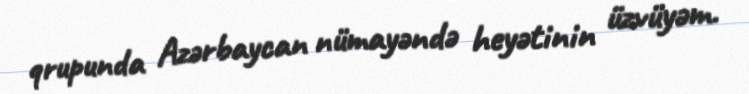
qrupunda Azərbaycan nümayəndə heyətinin üzvüyəm.